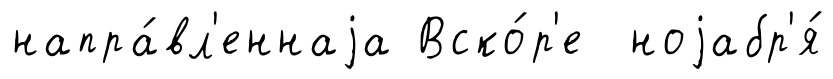
напра́вл'еннаjа Вско́р'е ноjабр'я́